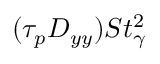
( \tau _ { p } D _ { y y } ) S t _ { \gamma } ^ { 2 }